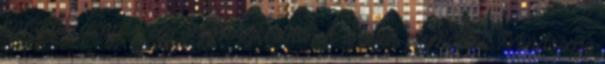
hangsúly, csupán egy dolgot szeretnének a felek egymástól. Mindössze